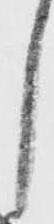
し